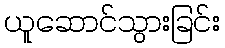
ယူဆောင်သွားခြင်း